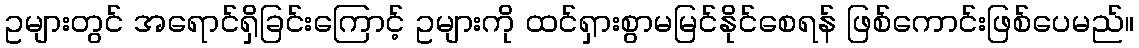
ဥများတွင် အရောင်ရှိခြင်းကြောင့် ဥများကို ထင်ရှားစွာမမြင်နိုင်စေရန် ဖြစ်ကောင်းဖြစ်ပေမည်။